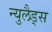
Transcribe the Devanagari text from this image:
न्युलैड्स